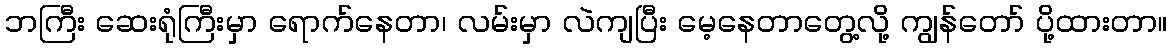
ဘကြီး ဆေးရုံကြီးမှာ ရောက်နေတာ၊ လမ်းမှာ လဲကျပြီး မေ့နေတာတွေ့လို့ ကျွန်တော် ပို့ထားတာ။